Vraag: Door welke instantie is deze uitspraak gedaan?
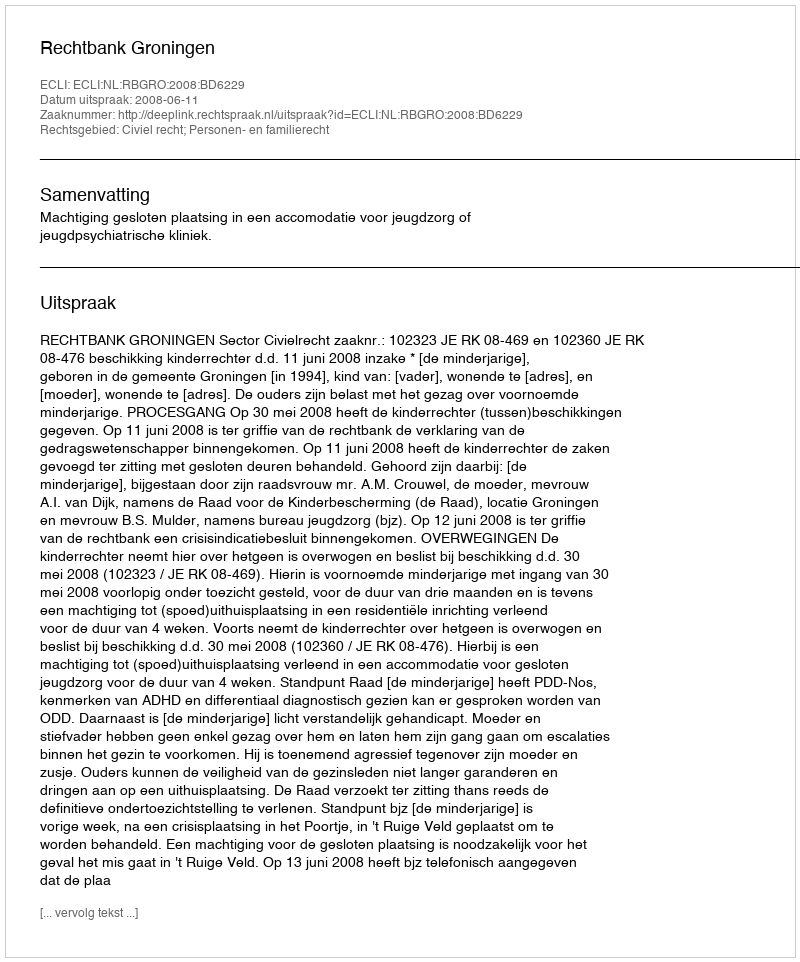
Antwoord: Rechtbank Groningen